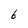
Character: b